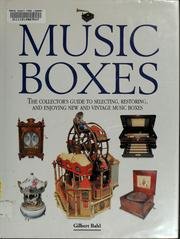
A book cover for Music Boxes: The Collector's Guide to Selecting, Restoring, and Enjoying New and Vintage Music Boxes; Gilbert Bahl; Crafts, Hobbies & Home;